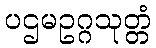
ပဌမဥဂ္ဂသုတ္တံ